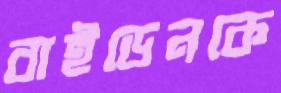
বাইডেনকে